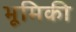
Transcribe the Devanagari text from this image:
भूमिकी